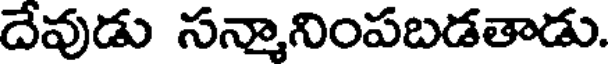
దేవుడు సన్మానింపబడతాడు.